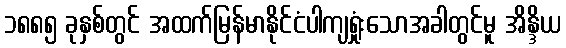
၁၈၈၅ ခုနှစ်တွင် အထက်မြန်မာနိုင်ငံပါကျရှုံးသောအခါတွင်မူ အိန္ဒိယ